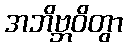
အဘိဗ္ဘဝိတွာ